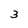
Character: 3